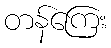
တန်ကြေး